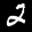
Label: 2